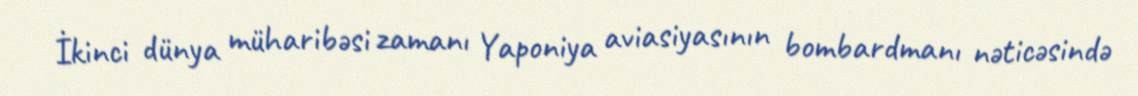
İkinci dünya müharibəsi zamanı Yaponiya aviasiyasının bombardmanı nəticəsində